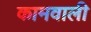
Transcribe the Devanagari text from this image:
कामवाली